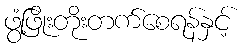
ဖွံ့ဖြိုးတိုးတက်စေရန်နှင့်